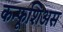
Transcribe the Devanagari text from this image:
कन्फूशिअस